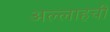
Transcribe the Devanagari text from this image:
अल्लाहची